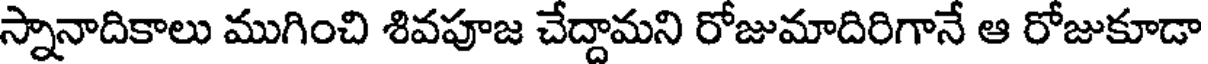
స్నానాదికాలు ముగించి శివపూజ చేద్దామని రోజుమాదిరిగానే ఆ రోజుకూడా